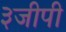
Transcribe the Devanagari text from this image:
३जीपी